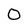
Character: O